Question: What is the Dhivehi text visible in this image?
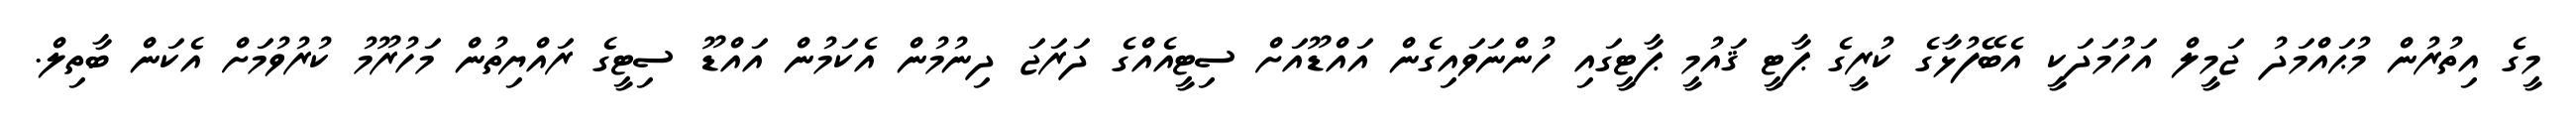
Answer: މީގެ އިތުރުން މުޙައްމަދު ޖަމީލް އަހުމަދަކީ އެބޭފުޅާގެ ކުރީގެ ޕާޓީ ޤައުމީ ޕާޓީގައި ހުންނަވައިގެން އައްޑޫއަށް ސިޓީއެއްގެ ދަރަޖަ ދިނުމުން އެކަމުން އައްޑޫ ސިޓީގެ ރައްޔިތުން މަހުރޫމު ކުރުވުމަށް އެކަން ބާތިލް.